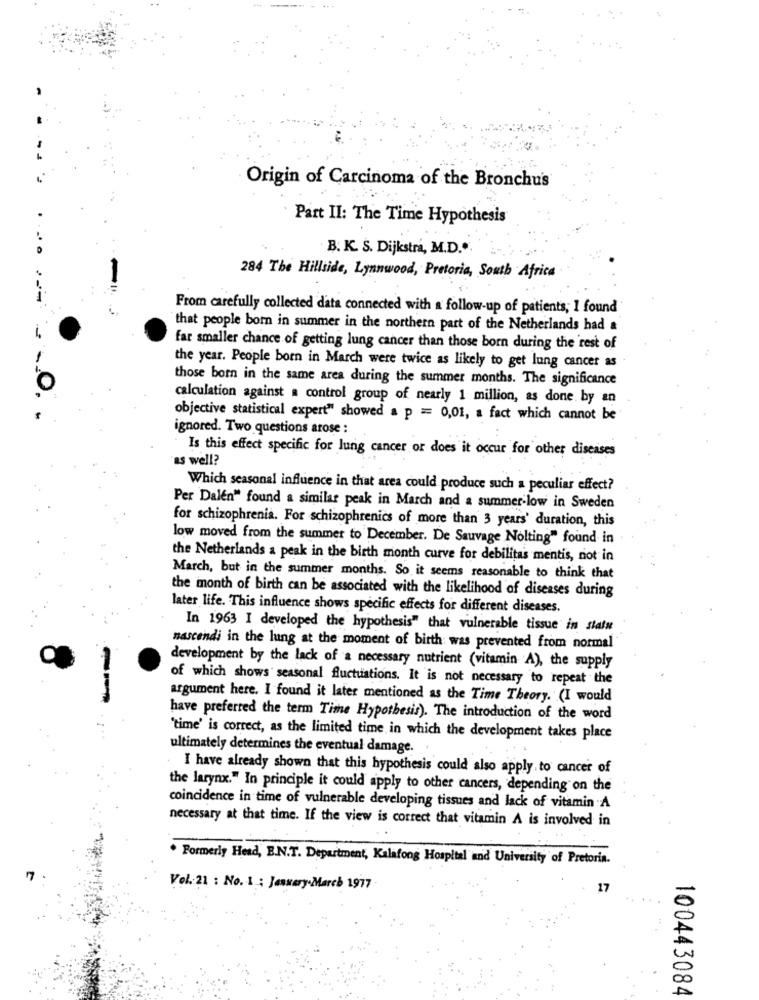
Origin of Carcinoma of the Bronchus
Part II: The Time Hypothesis
B. K. S. Dijkstra, M.D."
284 The Hillside, Lynnwood, Pretoria, South Africa
From carefully collected data connected with a follow-up of patients; 1 found
that people born in summer in the northern part of the Netherlands had a
far smaller chance of getting lung cancer than those born during the rest of
the year. People born in March were twice as likely to get lung cancer as
those born in the same area during the summer months. The significance
calculation against a control group of nearly 1 million, as done by an
objective statistical expert" showed a p = 0,01, a fact which cannot be
ignored. Two questions arose :
Is this effect specific for lung cancer or does it occur for other diseases
as well?
Which seasonal influence in that area could produce such a peculiar effect?
Per Dalen" found a similar peak in March and a summer-low in Sweden
for schizophrenia. For schizophrenics of more than 3 years' duration, this
low moved from the summer to December. De Sauvage Nolting" found in
the Netherlands a peak in the birth month curve for debilita's mentis, not in
March, but in the summer months. So it seems reasonable to think that
the month of birth can be associated with the likelihood of diseases during
later life. This influence shows specific effects for different diseases.
In 1963 I developed the hypothesis" that vulnerable tissue in statu
nascendi in the lung at the moment of birth was prevented from normal
development by the lack of a necessary nutrient (vitamin A), the supply
of which shows seasonal fluctuations. It is not necessary to repeat the
argument here. I found it later mentioned as the Time Theory. (I would
have preferred the term Time Hypothesis). The introduction of the word
'time' is correct, as the limited time in which the development takes place
ultimately determines the eventual damage.
I have already shown that this hypothesis could also apply to cancer of
the larynx." In principle it could apply to other cancers, depending on the
coincidence in time of vulnerable developing tissues and lack of vitamin A
necessary at that time. If the view is correct that vitamin A is involved in
Formerly Head, B.N.T. Department, Kalafong Hospital and University of Pretoria.
Vol .: 21 : No. 1 .: January.March 1977
17
100443084